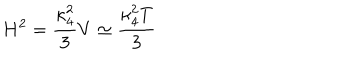
H ^ { 2 } = \frac { \kappa _ { 4 } ^ { 2 } } { 3 } V \simeq \frac { \kappa _ { 4 } ^ { 2 } T } { 3 }